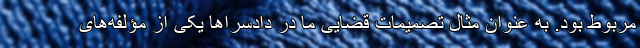
مربوط بود. به عنوان مثال تصمیمات قضایی ما در دادسراها یکی از مؤلفه‌های